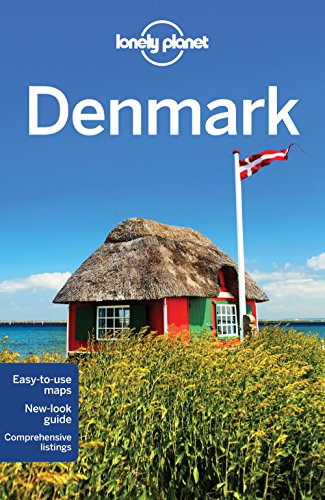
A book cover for Lonely Planet Denmark (Travel Guide); Lonely Planet; Travel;